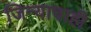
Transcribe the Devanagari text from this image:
जिन्याचाही